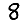
Digit: 8